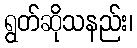
ရွတ်ဆိုသနည်း၊